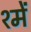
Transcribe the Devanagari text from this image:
श्में